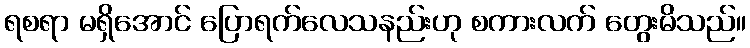
ရစရာ မရှိအောင် ပြောရက်လေသနည်းဟု စကားလက် တွေးမိသည်။